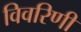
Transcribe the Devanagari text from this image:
विवरिणी